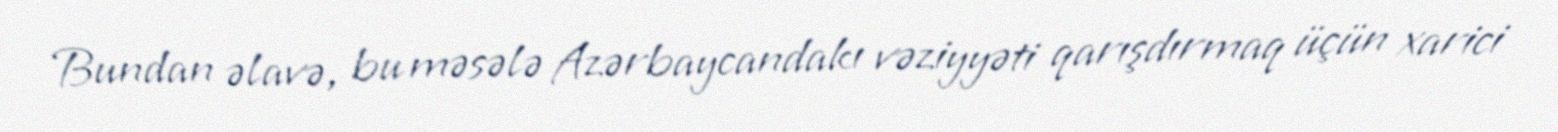
Bundan əlavə, bu məsələ Azərbaycandakı vəziyyəti qarışdırmaq üçün xarici